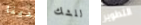
لدينا للشك التطوير